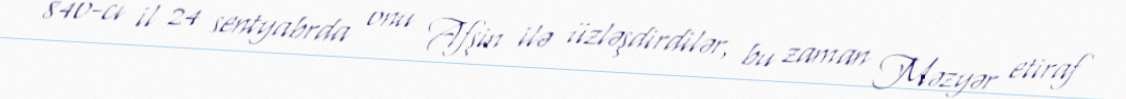
840-cı il 24 sentyabrda onu Afşin ilə üzləşdirdilər, bu zaman Məzyər etiraf